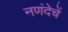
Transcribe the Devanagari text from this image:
नणंदेचें